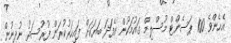
އެހެންވެ 100 ޕަސެންޓް މުސްލިމް ގައުމަކުން އެފަދަ ބަޔަކަށް ފައިހަރުކުރަން ފުރުސަތު ނުދިނުން